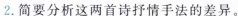
2.简要分析这两首诗抒情手法的差异。